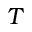
T